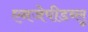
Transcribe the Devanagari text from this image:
एनजेपीडब्लू